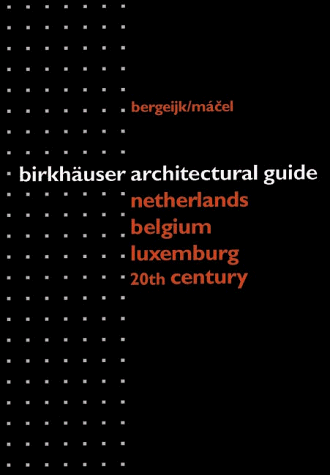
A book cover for BirkhÃ¤user Architectural Guide Benelux 20th Century (Birkhauser Architectural Guide); Herman van Bergeijk; Travel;